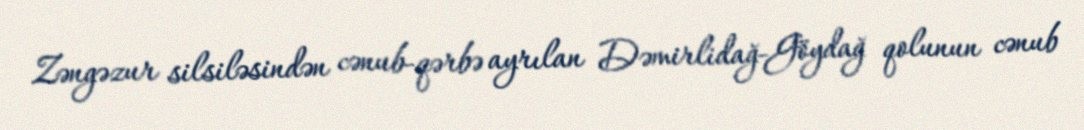
Zəngəzur silsiləsindən cənub-qərbə ayrılan Dəmirlidağ-Göydağ qolunun cənub